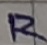
Text: R